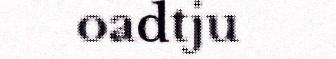
oadtju